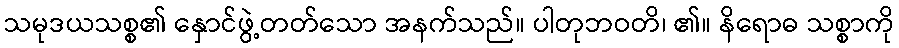
သမုဒယသစ္စ၏ နှောင်ဖွဲ့တတ်သော အနက်သည်။ ပါတုဘဝတိ၊ ၏။ နိရောဓ သစ္စာကို